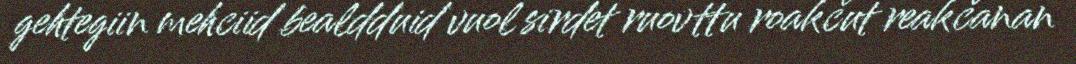
gehtegiin mehciid bealdduid vuol sirdet ruovttu roakčut reakčanan